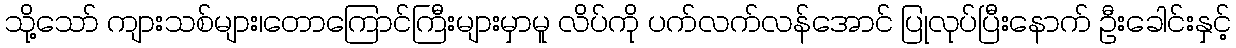
သို့သော် ကျားသစ်များ၊တောကြောင်ကြီးများမှာမူ လိပ်ကို ပက်လက်လန်အောင် ပြုလုပ်ပြီးနောက် ဦးခေါင်းနှင့်